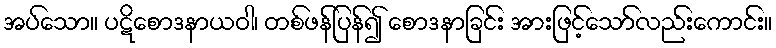
အပ်သော။ ပဋိစောဒနာယဝါ၊ တစ်ဖန်ပြန်၍ စောဒနာခြင်း အားဖြင့်သော်လည်းကောင်း။